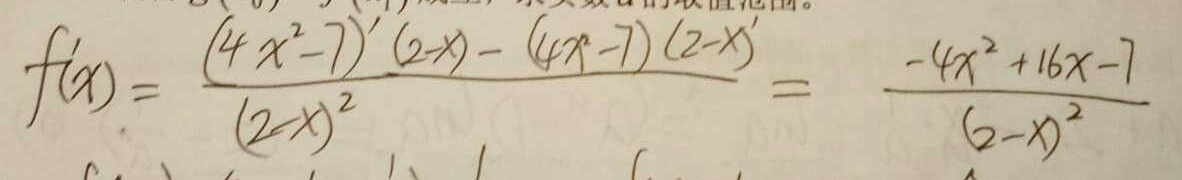
f ^ { \prime } ( x ) = \frac { ( 4 x ^ { 2 } - 7 ) ^ { \prime } ( 2 - x ) - ( 4 x - 7 ) ( 2 - x ) ^ { \prime } } { ( 2 - x ) ^ { 2 } } = \frac { - 4 x ^ { 2 } + 1 6 x - 7 } { ( 2 - x ) ^ { 2 } }